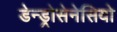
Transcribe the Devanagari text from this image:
डेन्ड्रोसेनेसियो